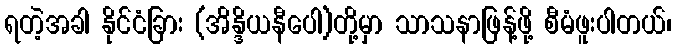
ရတဲ့အခါ နိုင်ငံခြား (အိန္ဒိယနီပေါ)တို့မှာ သာသနာဖြန့်ဖို့ စီမံဖူးပါတယ်၊